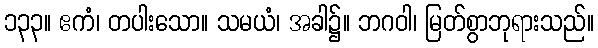
၁၃၃။ ဧကံ၊ တပါးသော။ သမယံ၊ အခါ၌။ ဘဂဝါ၊ မြတ်စွာဘုရားသည်။